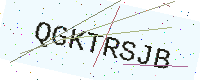
Text: QGKTRSJB